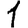
Digit: 1